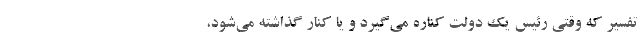
تفسیر که وقتی رئیس ‌یک دولت کناره می‌گیرد و یا کنار گذاشته می‌شود،